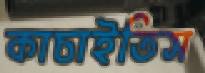
কাচাইতিস